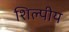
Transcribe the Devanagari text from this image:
शिल्पीय